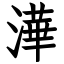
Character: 澕